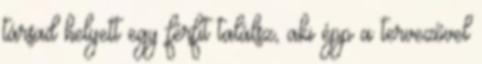
társad helyett egy férfit találsz, aki épp a tervezővel